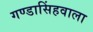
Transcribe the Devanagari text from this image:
गण्डासिंहवाला